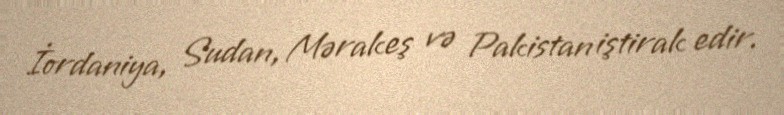
İordaniya, Sudan, Mərakeş və Pakistan iştirak edir.